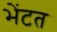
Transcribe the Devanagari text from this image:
भेंटत